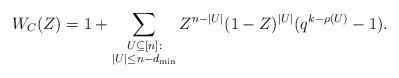
LaTeX: \begin{align*}W_C(Z) = 1 + \sum_{\substack{U \subseteq [n]: \\ |U| \leq n-d_{\min}}} Z^{n- |U|} (1-Z)^{|U|} (q^{k-\rho(U)} - 1).\end{align*}